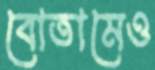
বোতামেও